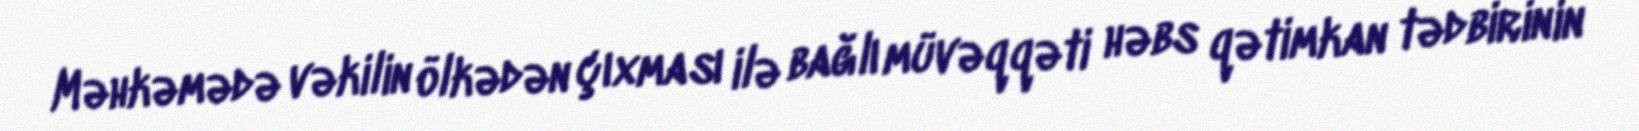
Məhkəmədə vəkilin ölkədən çıxması ilə bağlı müvəqqəti həbs qətimkan tədbirinin